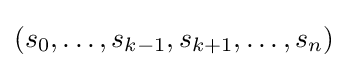
(s_{0},\dots ,s_{k-1},s_{k+1},\dots ,s_{n})